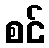
စင်